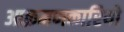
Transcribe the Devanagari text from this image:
आक्रमणकारियो